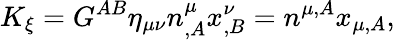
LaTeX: K_{\xi}=G^{AB}\eta_{\mu\nu}n_{,A}^{\mu}x_{,B}^{\nu}=n^{\mu,A}x_{\mu,A},